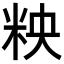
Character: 𮇌